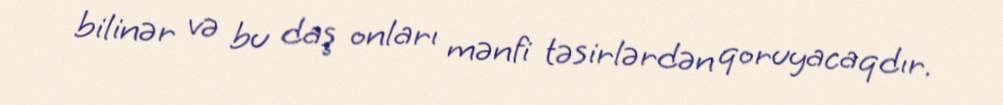
bilinər və bu daş onları mənfi təsirlərdən qoruyacaqdır.